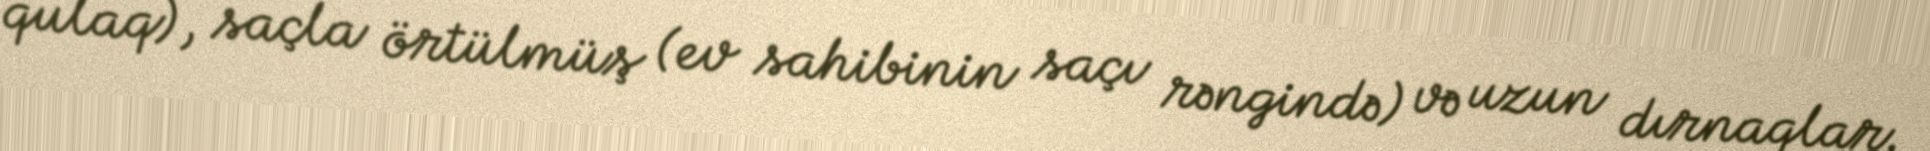
qulaq), saçla örtülmüş (ev sahibinin saçı rəngində) və uzun dırnaqlar.